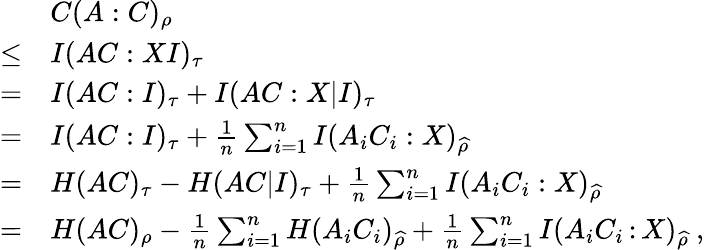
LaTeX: \begin{array}{rl}&{C(A:C)_{\rho}}\\ {\leq}&{I(AC:XI)_{\tau}}\\ {=}&{I(AC:I)_{\tau}+I(AC:X|I)_{\tau}}\\ {=}&{I(AC:I)_{\tau}+\frac{1}{n}\sum_{i=1}^{n}I(A_{i}C_{i}:X)_{\widehat{\rho}}}\\ {=}&{H(AC)_{\tau}-H(AC|I)_{\tau}+\frac{1}{n}\sum_{i=1}^{n}I(A_{i}C_{i}:X)_{\widehat{\rho}}}\\ {=}&{H(AC)_{\rho}-\frac{1}{n}\sum_{i=1}^{n}H(A_{i}C_{i})_{\widehat{\rho}}+\frac{1}{n}\sum_{i=1}^{n}I(A_{i}C_{i}{\, :\, }X)_{\widehat{\rho}}\ ,}\end{array}